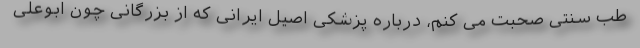
طب سنتی صحبت می کنم، درباره پزشکی اصیل ایرانی که از بزرگانی چون ابوعلی